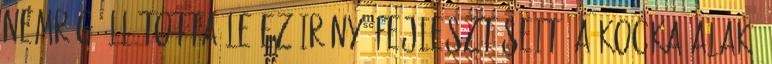
nemrég állította le ez irányú fejlesztéseit. A kocka alakú